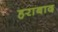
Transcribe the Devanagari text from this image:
हराबाद